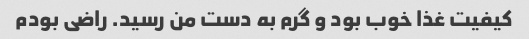
کیفیت غذا خوب بود و گرم به دست من رسید. راضی بودم